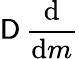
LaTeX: \mathsf{D}\, {\frac{{\mathrm{{d}}}}{{\mathrm{{d}}m}}}